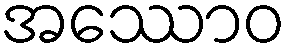
အဿောဝ